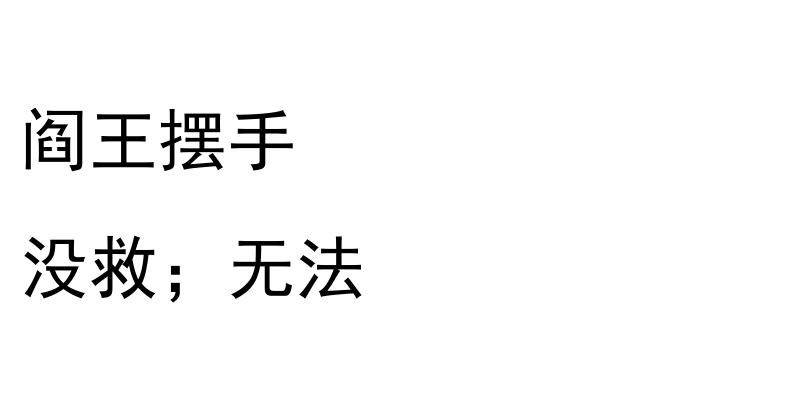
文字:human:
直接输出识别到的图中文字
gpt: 阎王摆手 没救；无法